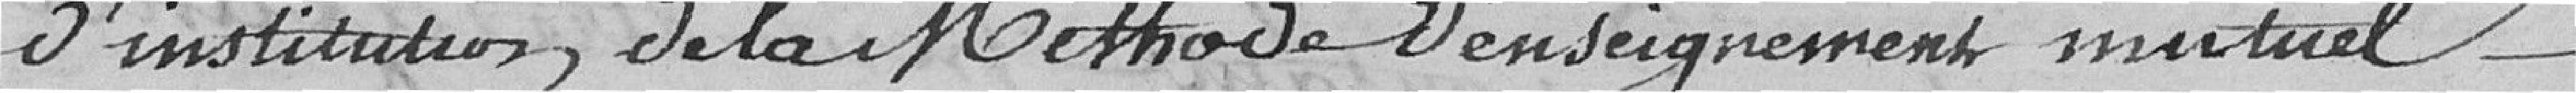
d'institution de la méthode d'enseignement mutuel,